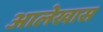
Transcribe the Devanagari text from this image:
आलेखास